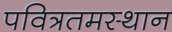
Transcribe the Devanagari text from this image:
पवित्रतमस्थान